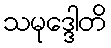
သမုဒ္ဒေါတိ